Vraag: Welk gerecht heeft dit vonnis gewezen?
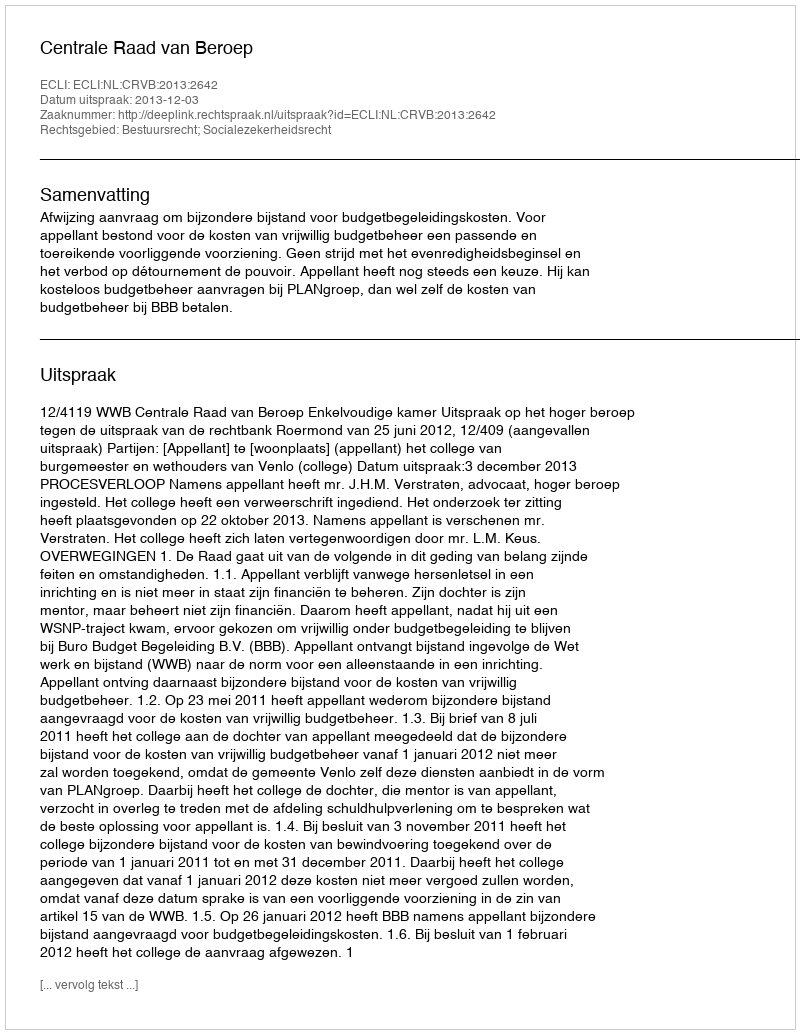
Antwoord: Centrale Raad van Beroep